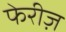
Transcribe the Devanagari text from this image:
फेरीज़